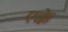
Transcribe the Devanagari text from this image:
एक्के